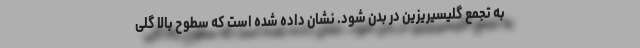
به تجمع گلیسیریزین در بدن شود. نشان داده شده است که سطوح بالا گلی